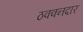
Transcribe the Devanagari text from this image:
ठक्क्नदार